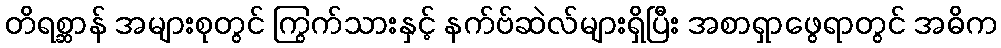
တိရစ္ဆာန် အများစုတွင် ကြွက်သားနှင့် နက်ဗ်ဆဲလ်များရှိပြီး အစာရှာဖွေရာတွင် အဓိက